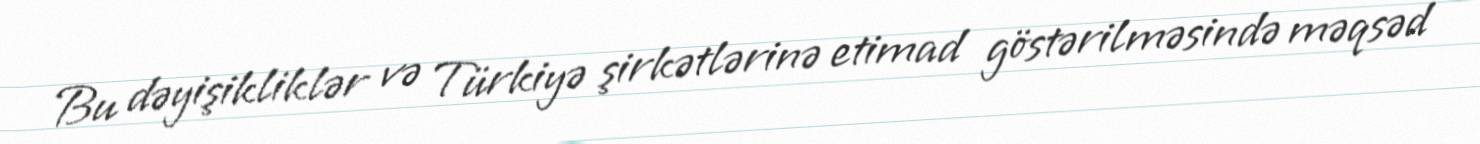
Bu dəyişikliklər və Türkiyə şirkətlərinə etimad göstərilməsində məqsəd